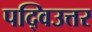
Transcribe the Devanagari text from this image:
पद्विउत्तर